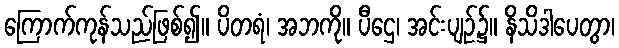
ကြောက်ကုန်သည်ဖြစ်၍။ ပိတရံ၊ အဘကို။ ပီဌေ၊ အင်းပျဉ်၌။ နိသိဒါပေတွာ၊